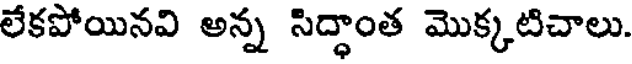
లేకపోయినవి అన్న సిద్ధాంత మొక్కటిచాలు.